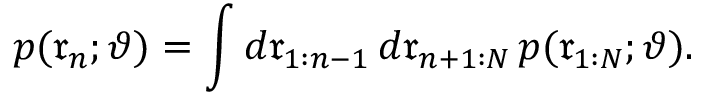
p ( \mathfrak { r } _ { n } ; \vartheta ) = \int d \mathfrak { r } _ { 1 : n - 1 } \, d \mathfrak { r } _ { n + 1 : N } \, p ( \mathfrak { r } _ { 1 : N } ; \vartheta ) .